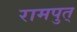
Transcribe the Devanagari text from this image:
रामपुत्